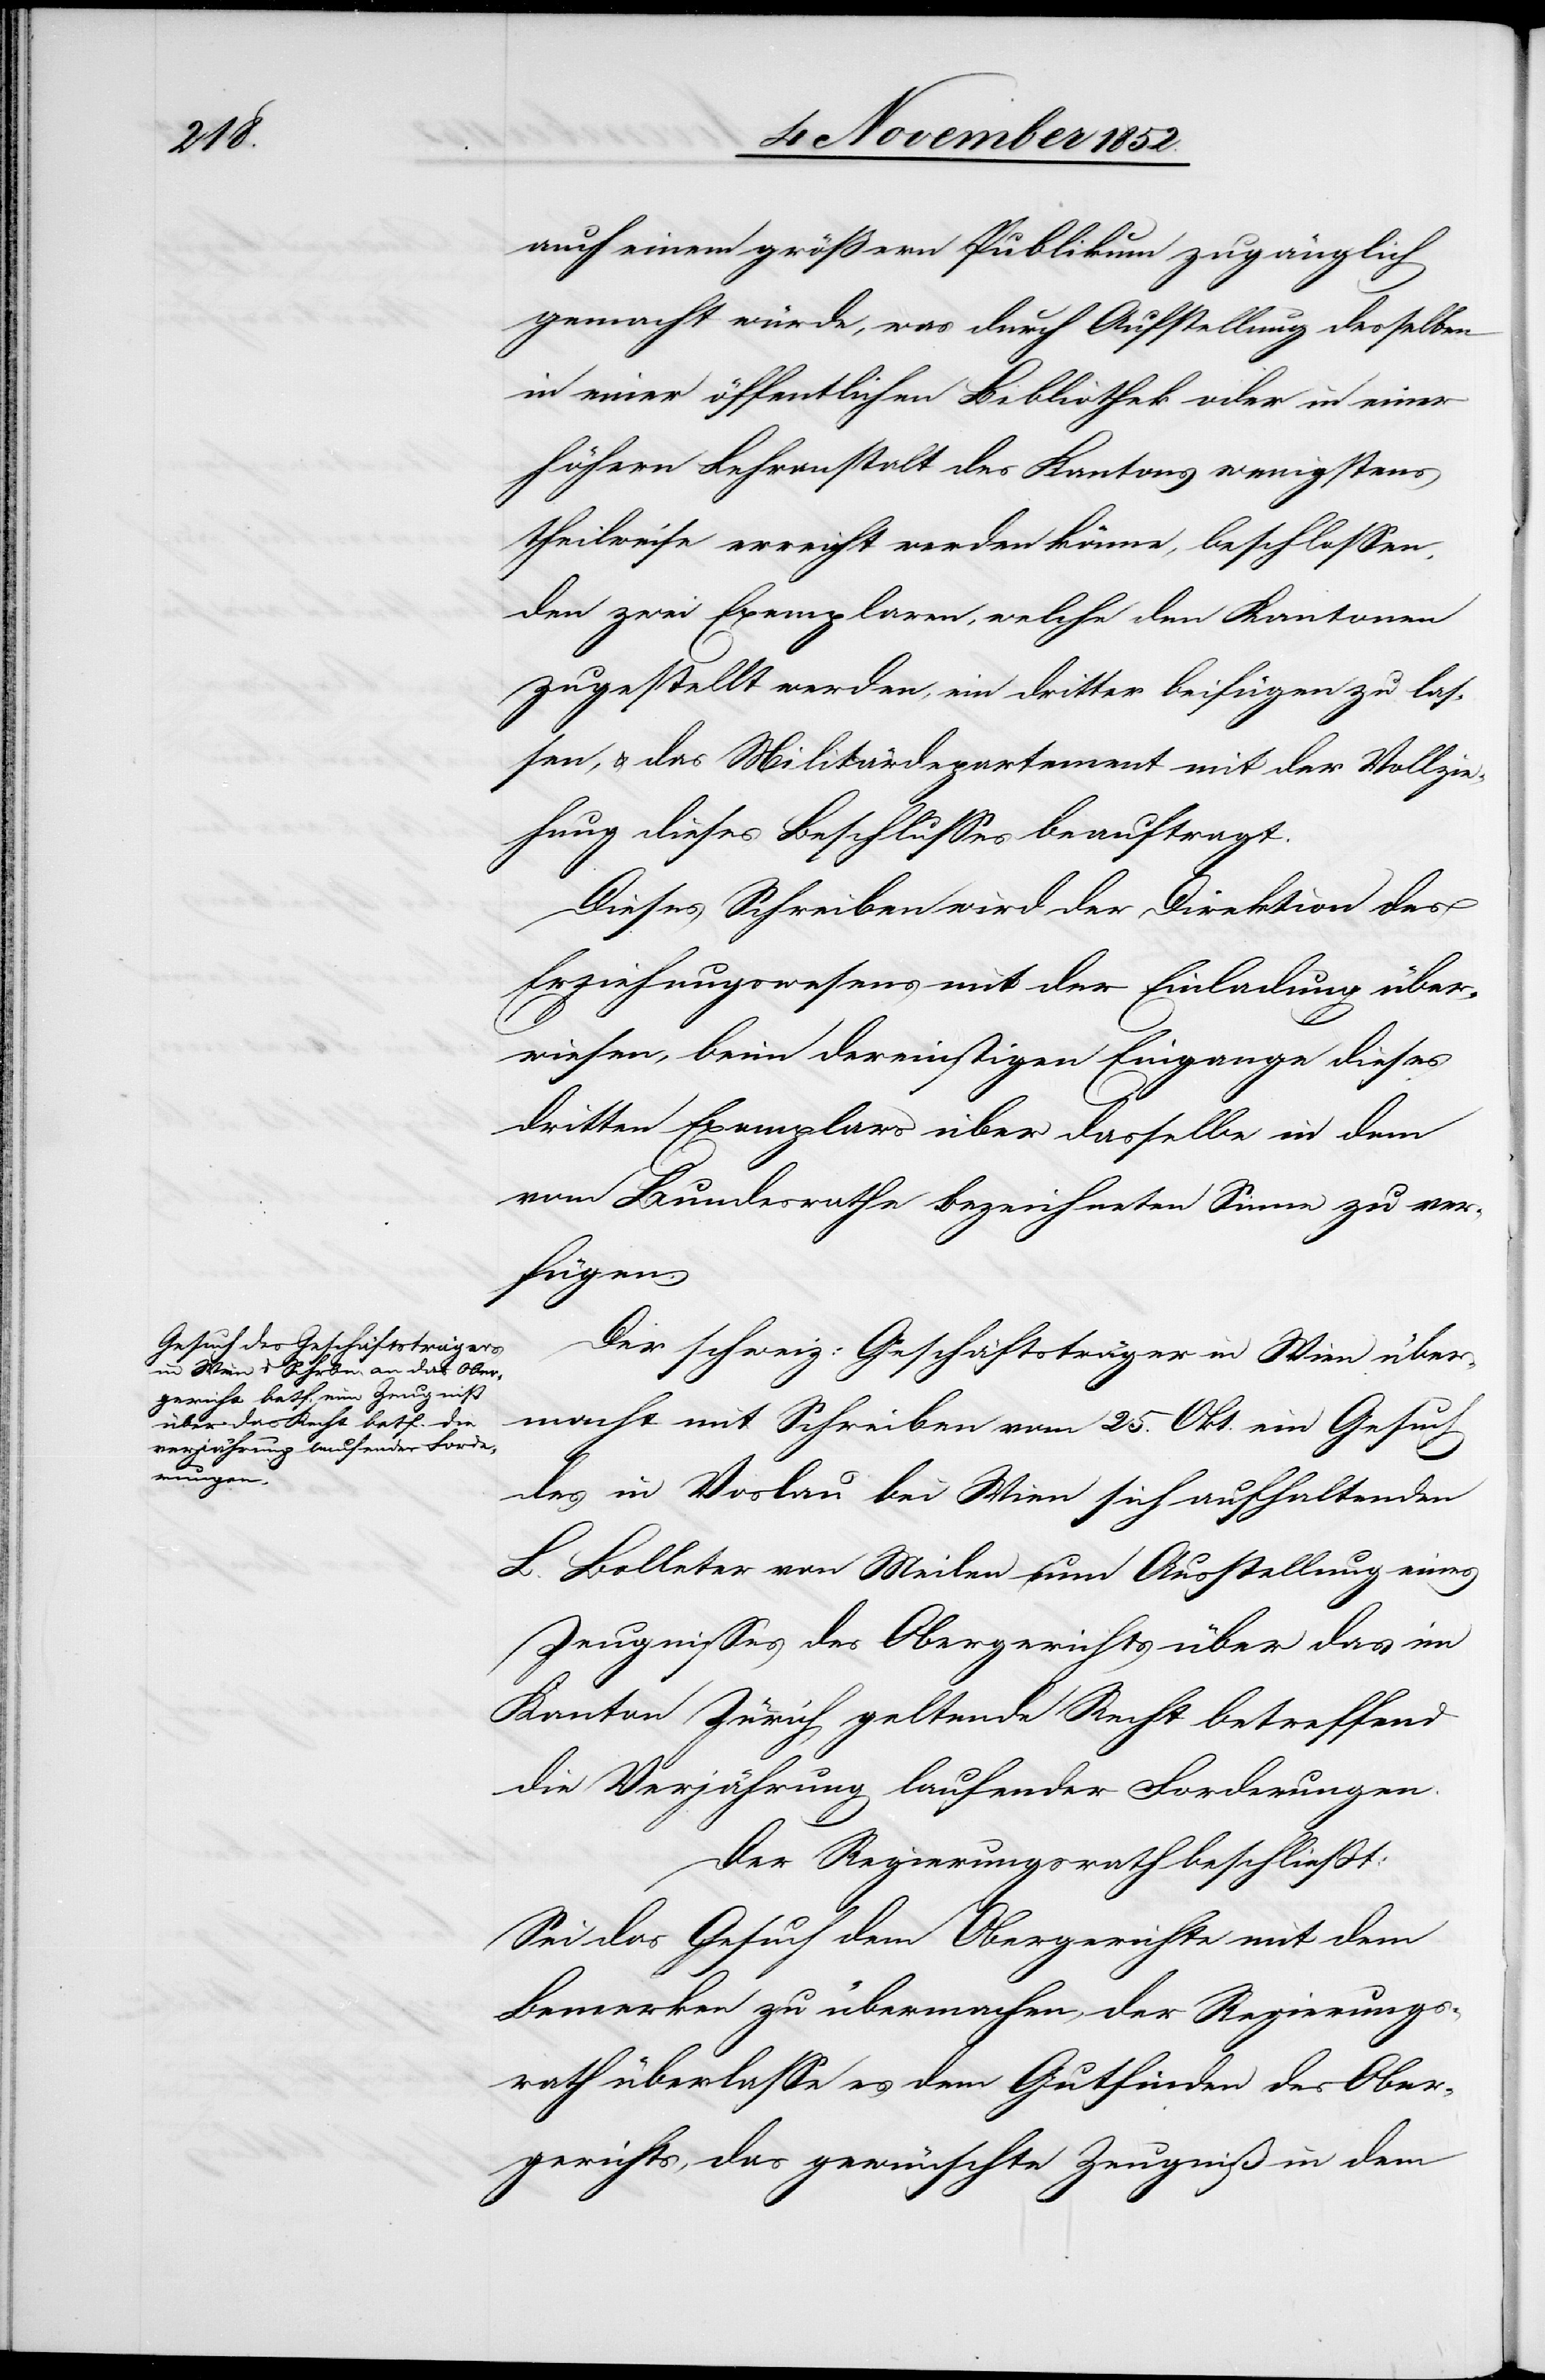
auch einem größern Publikum zugänglich
gemacht würde, was durch Aufstellung desselben
in einer öffentlichen Bibliothek oder in einer
höhern Lehranstalt des Kantons wenigstens
theilweise erreicht werden könne, beschlossen,
den zwei Exemplaren, welche den Kantonen
zugestellt werden, ein dritter beifügen zu las¬
sen, & das Militärdepartement mit der Vollzie¬
hung dieses Beschlusses beauftragt.
Dieses Schreiben wird der Direktion des
Erziehungswesens mit der Einladung über¬
wiesen, beim dereinstigen Eingange dieses
dritten Exemplars über dasselbe in dem
vom Bundesrathe bezeichneten Sinne zu ver¬
fügen.
Der schweiz: Geschäftsträger in Wien über¬
macht mit Schreiben vom 25. Okt. ein Gesuch
des in Voslau bei Wien sich aufhaltenden
L. Bolleter von Meilen um Ausstellung eines
Zeugnisses des Obergerichts über das im
Kanton Zürich geltende Recht betreffend
die Verjährung laufender Forderungen.
Der Regierungsrath beschließt:
Sei das Gesuch dem Obergerichte mit dem
Bemerken zu übermachen, der Regierungs¬
rath überlasse es dem Gutfinden des Ober¬
gerichts, das gewünschte Zeugniß in dem